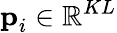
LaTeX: \textbf{p}_{i}\in\mathbb{R}^{KL}